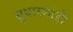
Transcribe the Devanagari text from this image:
सुधारणाही